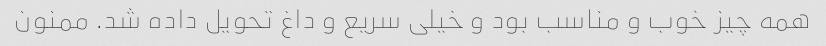
همه چیز خوب و مناسب بود و خیلی سریع و داغ تحویل داده شد. ممنون